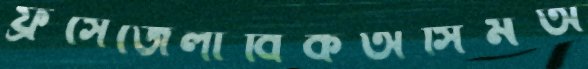
ফ্রঁসেজেলাবিকঅসিমঅ